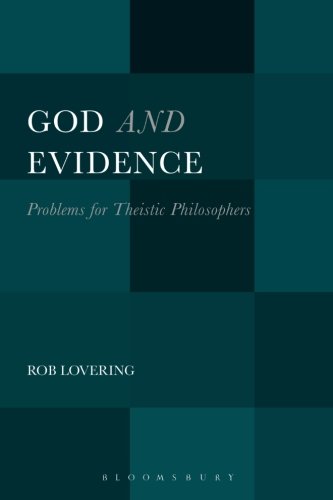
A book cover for God and Evidence: Problems for Theistic Philosophers; Rob Lovering; Religion & Spirituality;